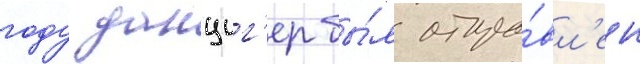
году данциг'ер бы́л отпра́вл'ен